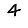
Digit: 4